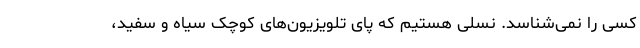
کسی را نمی‌شناسد. نسلی هستیم که پای تلویزیون‌های کوچک سیاه و سفید،